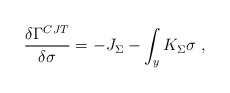
\begin{align*}{\delta \Gamma^{CJT} \over \delta \sigma} = - J_\Sigma - \int_y K_\Sigma \sigma ~,\end{align*}